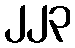
၂၂၃